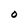
Character: O